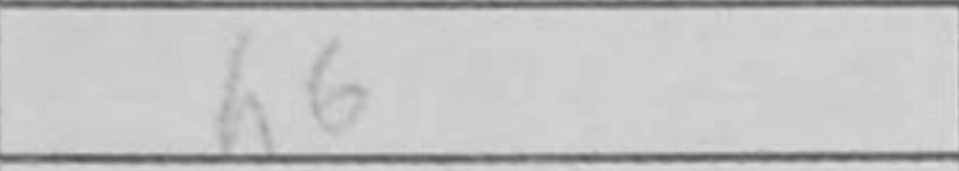
Transcription: h6